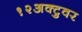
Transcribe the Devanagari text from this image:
१२अक्टुवर